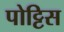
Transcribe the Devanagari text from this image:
पोट्टिस